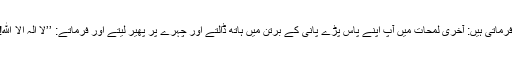
فرماتی ہیں: آخری لمحات میں آپ اپنے پاس پڑے پانی کے برتن میں ہاتھ ڈالتے اور چہرے پر پھیر لیتے اور فرماتے: ’’لا الٰہ الا ﷲ!